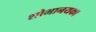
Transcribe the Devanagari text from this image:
शोभानयका